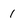
Character: i